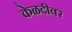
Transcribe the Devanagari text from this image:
केळदीवर